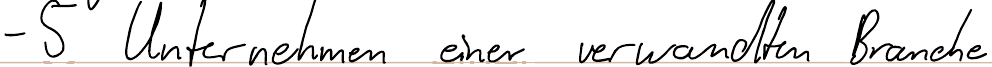
- 5 Unternehmen eine verwandten Branche